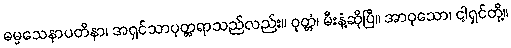
ဓမ္မသေနာပတိနာ၊ အရှင်သာပုတ္တရာသည်လည်း။ ဝုတ္တံ၊ မီးနံ့ဆိုပြီ။ အာဝုသော၊ ငါ့ရှင်တို့။